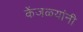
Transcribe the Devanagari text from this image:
केंजळ्यांनी